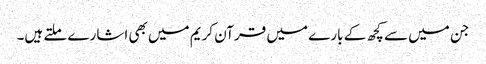
جن میں سے کچھ کے بارے میں قرآن کریم میں بھی اشارے ملتے ہیں۔